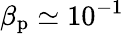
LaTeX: \beta_{\mathrm{p}}\simeq 10^{-1}